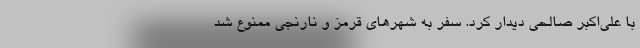
با علی‌اکبر صالحی دیدار کرد. سفر به شهر‌های قرمز و نارنجی ممنوع شد